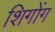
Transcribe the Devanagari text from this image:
शिगोंग